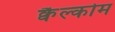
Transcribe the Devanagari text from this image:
क्वैल्कोम